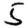
Digit: 5